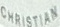
CHRISTIAN